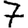
Digit: 7